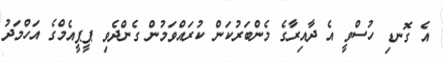
އެ ގޮނޑި ހުސްވީ އެ ދާއިރާގެ މެންބަރުކަން ކުރައްވަމުން ގެންދެވި ޕީޕީއެމްގެ އަހްމަދު